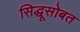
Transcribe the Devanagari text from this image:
सिद्धूसोबत